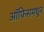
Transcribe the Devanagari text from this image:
ऑफिसमधून